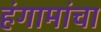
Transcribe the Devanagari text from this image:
हंगामांचा